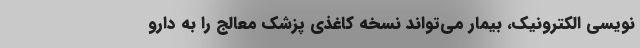
‌نویسی الکترونیک، بیمار می‌تواند نسخه کاغذی پزشک معالج را به دارو